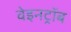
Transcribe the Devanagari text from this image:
वेइनट्रॉब